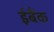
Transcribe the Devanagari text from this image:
ईबैंक